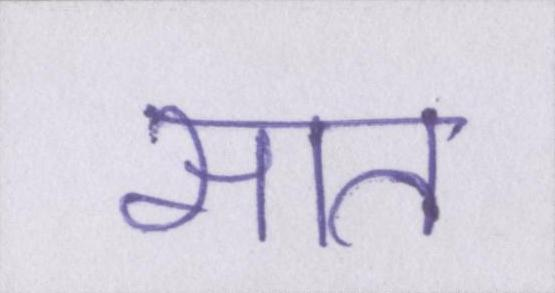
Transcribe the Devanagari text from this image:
सात